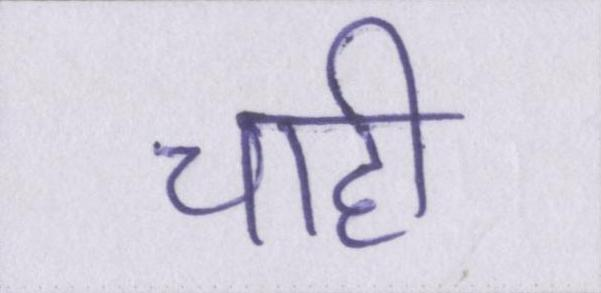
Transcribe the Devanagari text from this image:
चाही